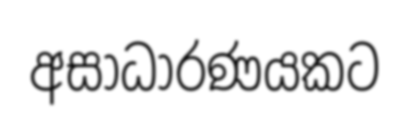
අසාධාරණයකට